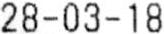
28-03-18